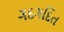
ગદગદિત